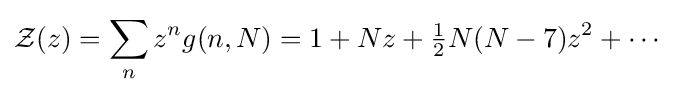
\displaystyle {\mathcal {Z}}(z)=\sum _{n}z^{n}g(n,N)=1+Nz+{\tfrac {1}{2}}N(N-7)z^{2}+\cdots